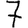
Digit: 7